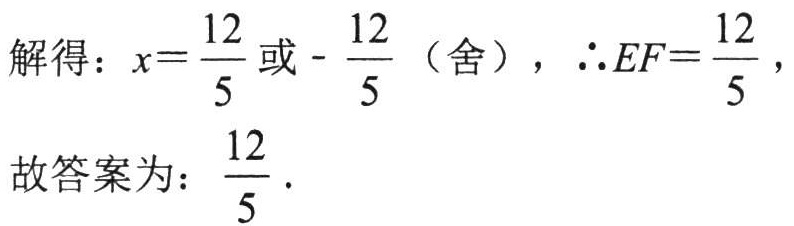
解得：\(x = \frac{12}{5}\) 或 \( - \frac{12}{5}\)（舍），\(\therefore EF = \frac{12}{5}\)，

故答案为：\(\frac{12}{5}\).